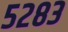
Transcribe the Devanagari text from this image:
५२८३